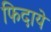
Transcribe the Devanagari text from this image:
फिदाये